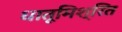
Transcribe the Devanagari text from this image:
धातूमिश्रित